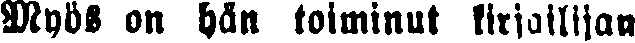
Myös on hän toiminut kirjailijan